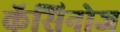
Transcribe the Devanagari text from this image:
कॅसिनोज